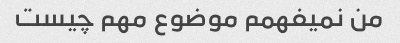
من نمیفهمم موضوع مهم چیست